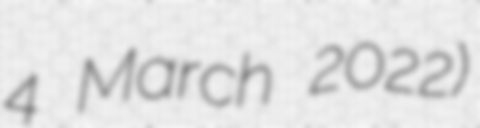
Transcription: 4 March 2022)